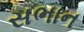
સભાન